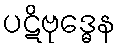
ပဋိဗုဒ္ဓေန